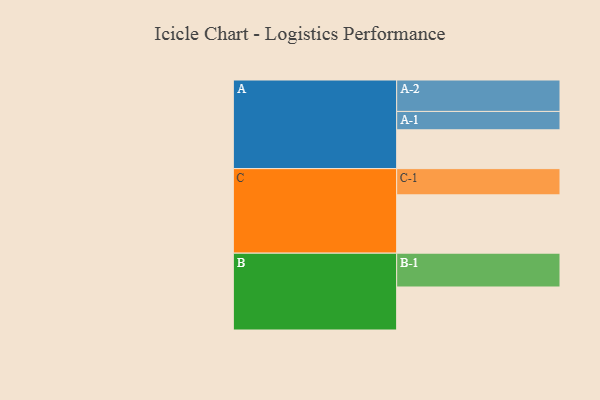
{"axis": {"x": "Segment", "y": "Value"}, "legend": ["", "A", "B", "C"], "data": [{"x": "A", "y": 342, "type": ""}, {"x": "B", "y": 379, "type": ""}, {"x": "C", "y": 514, "type": ""}, {"x": "A-1", "y": 162, "type": "A"}, {"x": "A-2", "y": 277, "type": "A"}, {"x": "B-1", "y": 298, "type": "B"}, {"x": "C-1", "y": 231, "type": "C"}]}